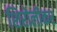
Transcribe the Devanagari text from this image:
शिरोलीकर